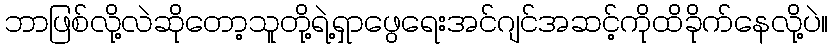
ဘာဖြစ်လို့လဲဆိုတော့သူတို့ရဲ့ရှာဖွေရေးအင်ဂျင်အဆင့်ကိုထိခိုက်နေလို့ပဲ။